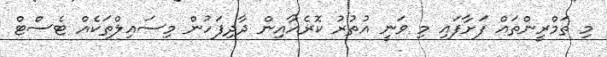
މި ތަމްރީންތައް ފަށާފައި މި ވަނީ އުތުރު ކޮރެއާއިން ދާދިފަހުން މިސައިލްތަކެއް ޓެސްޓް